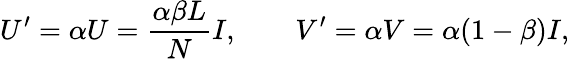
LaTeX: U^{\prime}=\alpha U=\frac{\alpha\beta L}{N}I,\qquad V^{\prime}=\alpha V=\alpha(1-\beta)I,